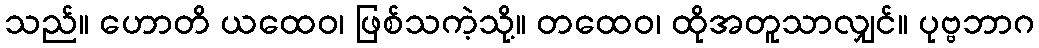
သည်။ ဟောတိ ယထေဝ၊ ဖြစ်သကဲ့သို့။ တထေဝ၊ ထိုအတူသာလျှင်။ ပုဗ္ဗဘာဂ